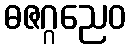
ဓဇဂ္ဂညေဝ